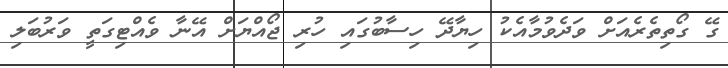
ގޭ ގޯތިތެރެއަށް ވަދެވުމާއެކު ހިޔާދޭ ހިސާބުގައި ހުރި ޖޯއްޔަށް އޭނާ ވެއްޓިގަތީ ވަރުބަލި